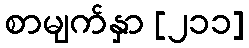
စာမျက်နှာ [၂၁၁]